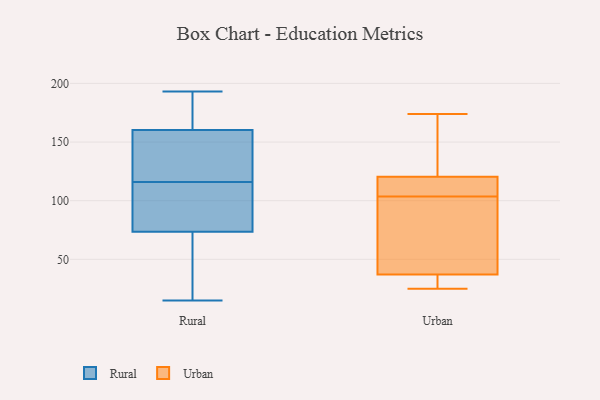
{"axis": {"x": "Market Share (%)", "y": "Value"}, "legend": ["Rural", "Urban"], "data": [{"x": "", "y": 43, "type": "Rural"}, {"x": "", "y": 119, "type": "Rural"}, {"x": "", "y": 193, "type": "Rural"}, {"x": "", "y": 163, "type": "Rural"}, {"x": "", "y": 126, "type": "Rural"}, {"x": "", "y": 72, "type": "Rural"}, {"x": "", "y": 189, "type": "Rural"}, {"x": "", "y": 162, "type": "Rural"}, {"x": "", "y": 34, "type": "Rural"}, {"x": "", "y": 146, "type": "Rural"}, {"x": "", "y": 113, "type": "Rural"}, {"x": "", "y": 15, "type": "Rural"}, {"x": "", "y": 116, "type": "Rural"}, {"x": "", "y": 78, "type": "Rural"}, {"x": "", "y": 180, "type": "Rural"}, {"x": "", "y": 155, "type": "Rural"}, {"x": "", "y": 89, "type": "Rural"}, {"x": "", "y": 105, "type": "Rural"}, {"x": "", "y": 23, "type": "Rural"}, {"x": "", "y": 111, "type": "Urban"}, {"x": "", "y": 122, "type": "Urban"}, {"x": "", "y": 27, "type": "Urban"}, {"x": "", "y": 25, "type": "Urban"}, {"x": "", "y": 174, "type": "Urban"}, {"x": "", "y": 96, "type": "Urban"}, {"x": "", "y": 27, "type": "Urban"}, {"x": "", "y": 53, "type": "Urban"}, {"x": "", "y": 119, "type": "Urban"}, {"x": "", "y": 47, "type": "Urban"}, {"x": "", "y": 165, "type": "Urban"}, {"x": "", "y": 112, "type": "Urban"}]}